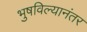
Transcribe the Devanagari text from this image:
भुषविल्यानंतर